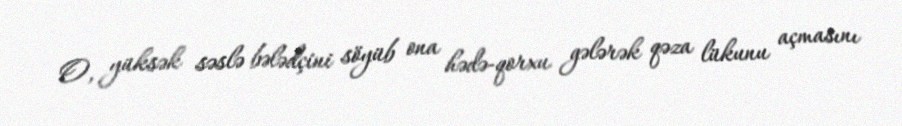
O, yüksək səslə bələdçini söyüb ona hədə-qorxu gələrək qəza lükunu açmasını